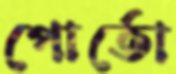
পোর্তো